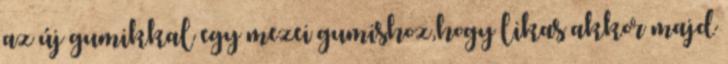
az új gumikkal egy mezei gumishoz,hogy likas akkor majd